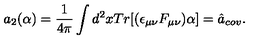
a _ { 2 } ( \alpha ) = \frac { 1 } { 4 \pi } \int d ^ { 2 } x T r [ ( \epsilon _ { \mu \nu } F _ { \mu \nu } ) \alpha ] = \hat { a } _ { c o v } .